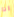
انا